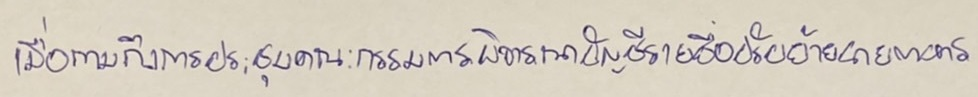
เมื่อถามถึงการประชุมคณะกรรมการพิจารณาบัญชีรายชื่อปรับย้ายนายทหาร